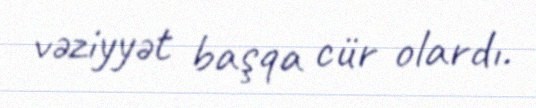
vəziyyət başqa cür olardı.